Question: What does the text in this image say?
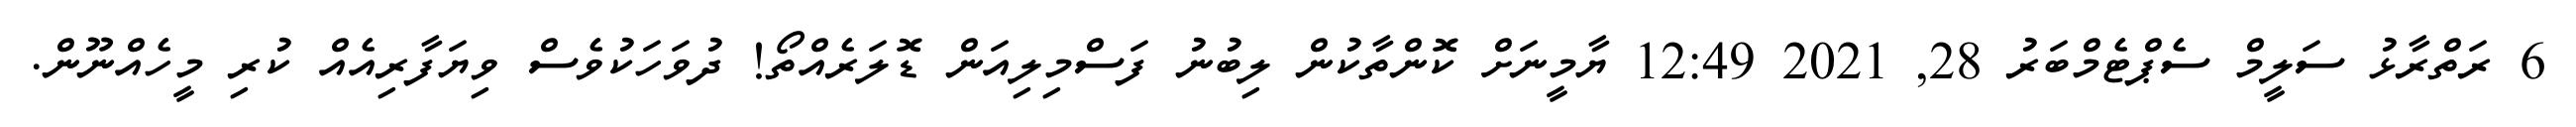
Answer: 6 ރަތްރާޅު ސަލީމް ސެޕްޓެމްބަރު 28, 2021 12:49 ޔާމީނަށް ކޮންތާކުން ލިބުނު ފަސްމިލިއަން ޑޮލަރެއްތޯ! ދުވަހަކުވެސް ވިޔަފާރިއެއް ކުރި މީހެއްނޫން.